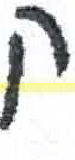
אות: ק